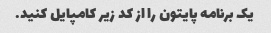
یک برنامه پایتون را از کد زیر کامپایل کنید.